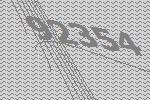
92354